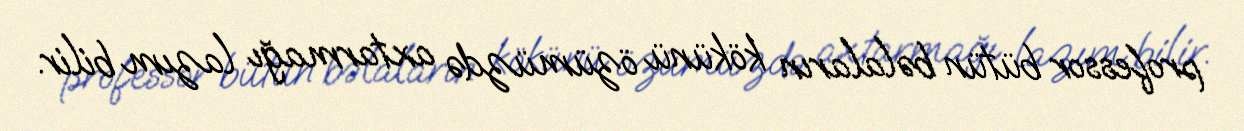
professor bütün bəlaların kökünü özümüzdə axtarmağı lazım bilir.